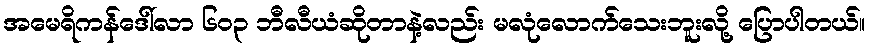
အမေရိကန်ဒေါ်လာ ၆၀၃ ဘီလီယံဆိုတာနဲ့လည်း မလုံလောက်သေးဘူးလို့ ပြောပါတယ်။